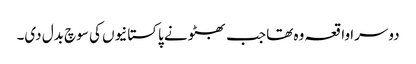
دوسرا واقعہ وہ تھا جب بھٹو نے پاکستانیوں کی سوچ بدل دی۔